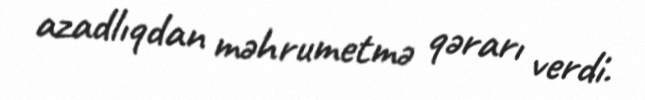
azadlıqdan məhrumetmə qərarı verdi.